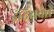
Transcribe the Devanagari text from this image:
इंद्रियवेत्ते